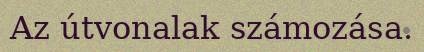
Az útvonalak számozása.